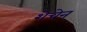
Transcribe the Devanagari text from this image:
शेचेन